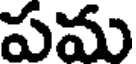
పమ